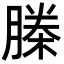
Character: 榺